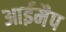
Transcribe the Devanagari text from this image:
आईमैप